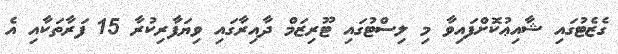
ގެޒެޓުގައި ޝާއިޢުކޮށްފައިވާ މި ލިސްޓުގައި ޓޫރިޒަމް ދާއިރާގައި ވިޔަފާރިކުރާ 15 ފަރާތަކާއި އެ